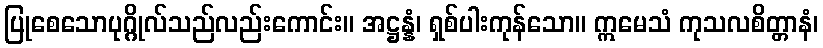
ပြုစေသောပုဂ္ဂိုလ်သည်လည်းကောင်း။ အဋ္ဌန္နံ၊ ရှစ်ပါးကုန်သော။ ဣမေသံ ကုသလစိတ္တာနံ၊